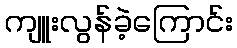
ကျူးလွန်ခဲ့ကြောင်း